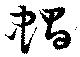
蝸